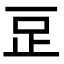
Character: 𣥔